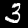
Label: 3